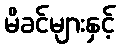
မိခင်များနှင့်